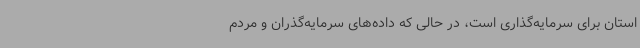
استان برای سرمایه‌گذاری است، در حالی که داده‌های سرمایه‌گذران و مردم